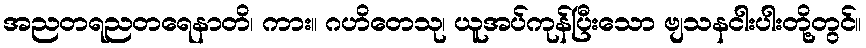
အညတရညတရေနာတိ၊ ကား။ ဂဟိတေသု၊ ယူအပ်ကုန်ပြီးသော ဗျသနငါးပါးတို့တွင်။